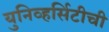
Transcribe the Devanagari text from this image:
युनिव्हर्सिटीची